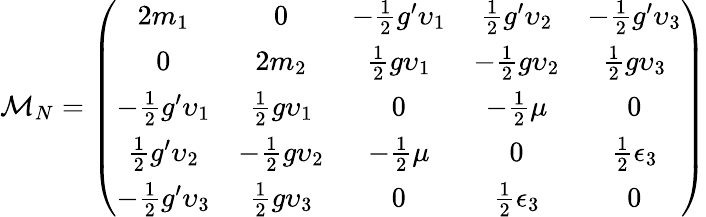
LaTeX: {\cal M}_{N}=\left(\begin{array}{ccccc}{{2m_{1}}}&{{0}}&{{-\frac{1}{2}g^{\prime}\upsilon_{1}}}&{{\frac{1}{2}g^{\prime}\upsilon_{2}}}&{{-\frac{1}{2}g^{\prime}\upsilon_{3}}}\\ {{0}}&{{2m_{2}}}&{{\frac{1}{2}g\upsilon_{1}}}&{{-\frac{1}{2}g\upsilon_{2}}}&{{\frac{1}{2}g\upsilon_{3}}}\\ {{-\frac{1}{2}g^{\prime}\upsilon_{1}}}&{{\frac{1}{2}g\upsilon_{1}}}&{{0}}&{{-\frac{1}{2}\mu}}&{{0}}\\ {{\frac{1}{2}g^{\prime}\upsilon_{2}}}&{{-\frac{1}{2}g\upsilon_{2}}}&{{-\frac{1}{2}\mu}}&{{0}}&{{\frac{1}{2}\epsilon_{3}}}\\ {{-\frac{1}{2}g^{\prime}\upsilon_{3}}}&{{\frac{1}{2}g\upsilon_{3}}}&{{0}}&{{\frac{1}{2}\epsilon_{3}}}&{{0}}\end{array}\right)